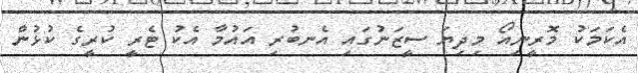
އެކަމަކު މޮރީނިއޯ މިދިޔަ ސީޒަނުގައި އެނބުރި އައުމާ އެކު ޓެރީ ކުރީގެ ކުޅުން